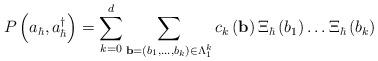
LaTeX: \begin{align*}P\left( a_{\hbar},a_{\hbar}^{\dag}\right) =\sum_{k=0}^{d}\sum_{\mathbf{b}=\left( b_{1},\dots,b_{k}\right) \in\Lambda_{1}^{k}}c_{k}\left(\mathbf{b}\right) \Xi_{\hbar}\left( b_{1}\right) \dots\Xi_{\hbar}\left(b_{k}\right) \end{align*}